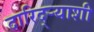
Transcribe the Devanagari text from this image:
दारिद्र्‍याशी